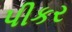
પીકર